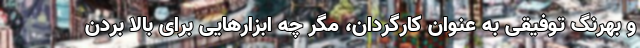
و بهرنگ توفیقی به عنوان کارگردان، مگر چه ابزارهایی برای بالا بردن